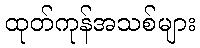
ထုတ်ကုန်အသစ်များ